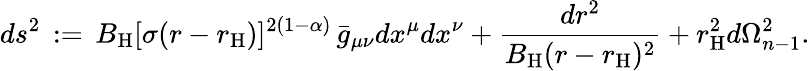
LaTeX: ds^{2}\, :=\, B_{\mathrm{H}}[\sigma(r-r_{\mathrm{H}})]^{2(1-\alpha)}\, \bar{g}_{\mu\nu}dx^{\mu}dx^{\nu}+\frac{dr^{2}}{B_{\mathrm{H}}(r-r_{\mathrm{H}})^{2}}+r_{\mathrm{H}}^{2}d\Omega_{n-1}^{2}.